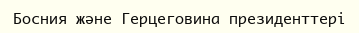
Босния және Герцеговина президенттері